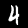
Digit: 4